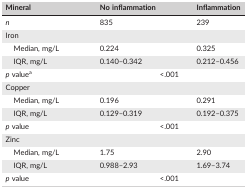
| Mineral | No inflammation | Inflammation |
 | --- | --- | --- |
 | n | 835 | 239 |
 | Iron |  |  |
 | Median, mg/L | 0.224 | 0.325 |
 | IQR, mg/L | 0.140–0.342 | 0.212–0.456 |
 | p valuea | <COLSPAN=2> <.001 |
 | <COLSPAN=3> Copper |
 | Median, mg/L | 0.196 | 0.291 |
 | IQR, mg/L | 0.129–0.319 | 0.192–0.375 |
 | p value | <COLSPAN=2> <.001 |
 | <COLSPAN=3> Zinc |
 | Median, mg/L | 1.75 | 2.90 |
 | IQR, mg/L | 0.988–2.93 | 1.69–3.74 |
 | p value | <COLSPAN=2> <.001 |